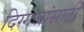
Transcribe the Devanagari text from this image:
दिग्गजांसाठी